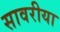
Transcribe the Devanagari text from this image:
सावरीया